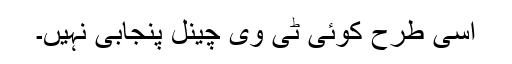
اسی طرح کوئی ٹی وی چینل پنجابی نہیں۔